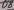
Text: D8